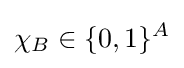
\chi _{B}\in \{0,1\}^{A}